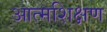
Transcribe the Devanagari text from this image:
आत्मशिक्षण